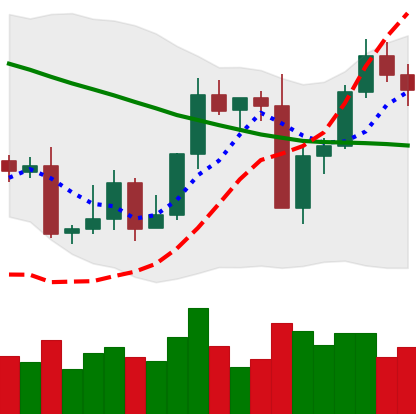
Ticker: LTC-USD
Chart end date: 2022-09-12
Forward return: -5.778%
Label: down_5_7